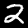
Label: 2